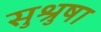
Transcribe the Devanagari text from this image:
सुश्रुषा